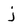
Character: j